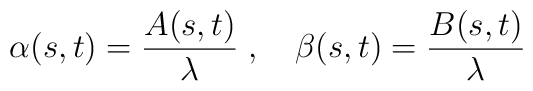
\alpha(s,t) = {A(s,t)\over\lambda}\;, \quad \beta(s,t) =  {B(s,t)\over\lambda}